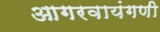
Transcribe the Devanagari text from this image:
आगरवायंगणी